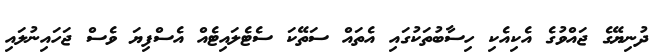
ދުނިޔޭގެ ޖައްވުގެ އެކިއެކި ހިސާބުތަކުގައި އެތައް ސަތޭކަ ސެޓެލައިޓެއް އެސްފިޔަ ވެސް ޖަހައިނުލައި